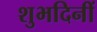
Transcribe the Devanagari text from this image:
शुभदिनीं